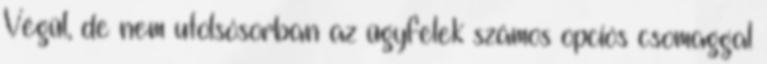
Végül, de nem utolsósorban az ügyfelek számos opciós csomaggal